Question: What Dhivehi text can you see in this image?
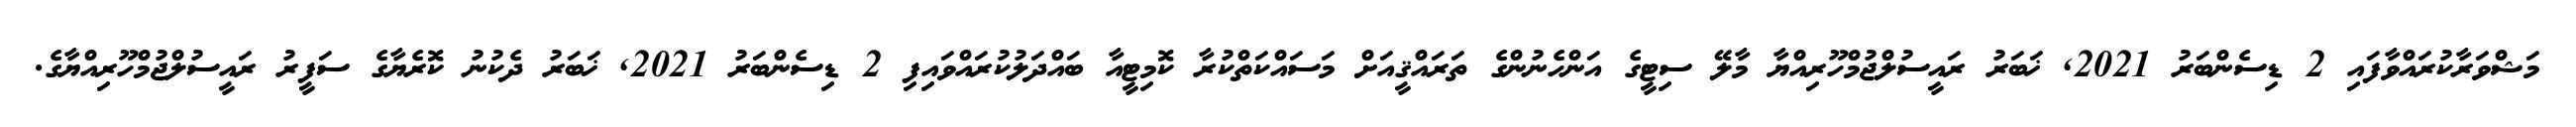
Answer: މަޝްވަރާކުރައްވާފައި 2 ޑިސެންބަރު 2021, ޚަބަރު ރައީސުލްޖުމްހޫރިއްޔާ މާލޭ ސިޓީގެ އަންހެނުންގެ ތަރައްޤީއަށް މަސައްކަތްކުރާ ކޮމިޓީއާ ބައްދަލުކުރައްވައިފި 2 ޑިސެންބަރު 2021, ޚަބަރު ދެކުނު ކޮރެޔާގެ ސަފީރު ރައީސުލްޖުމްހޫރިއްޔާގެ.